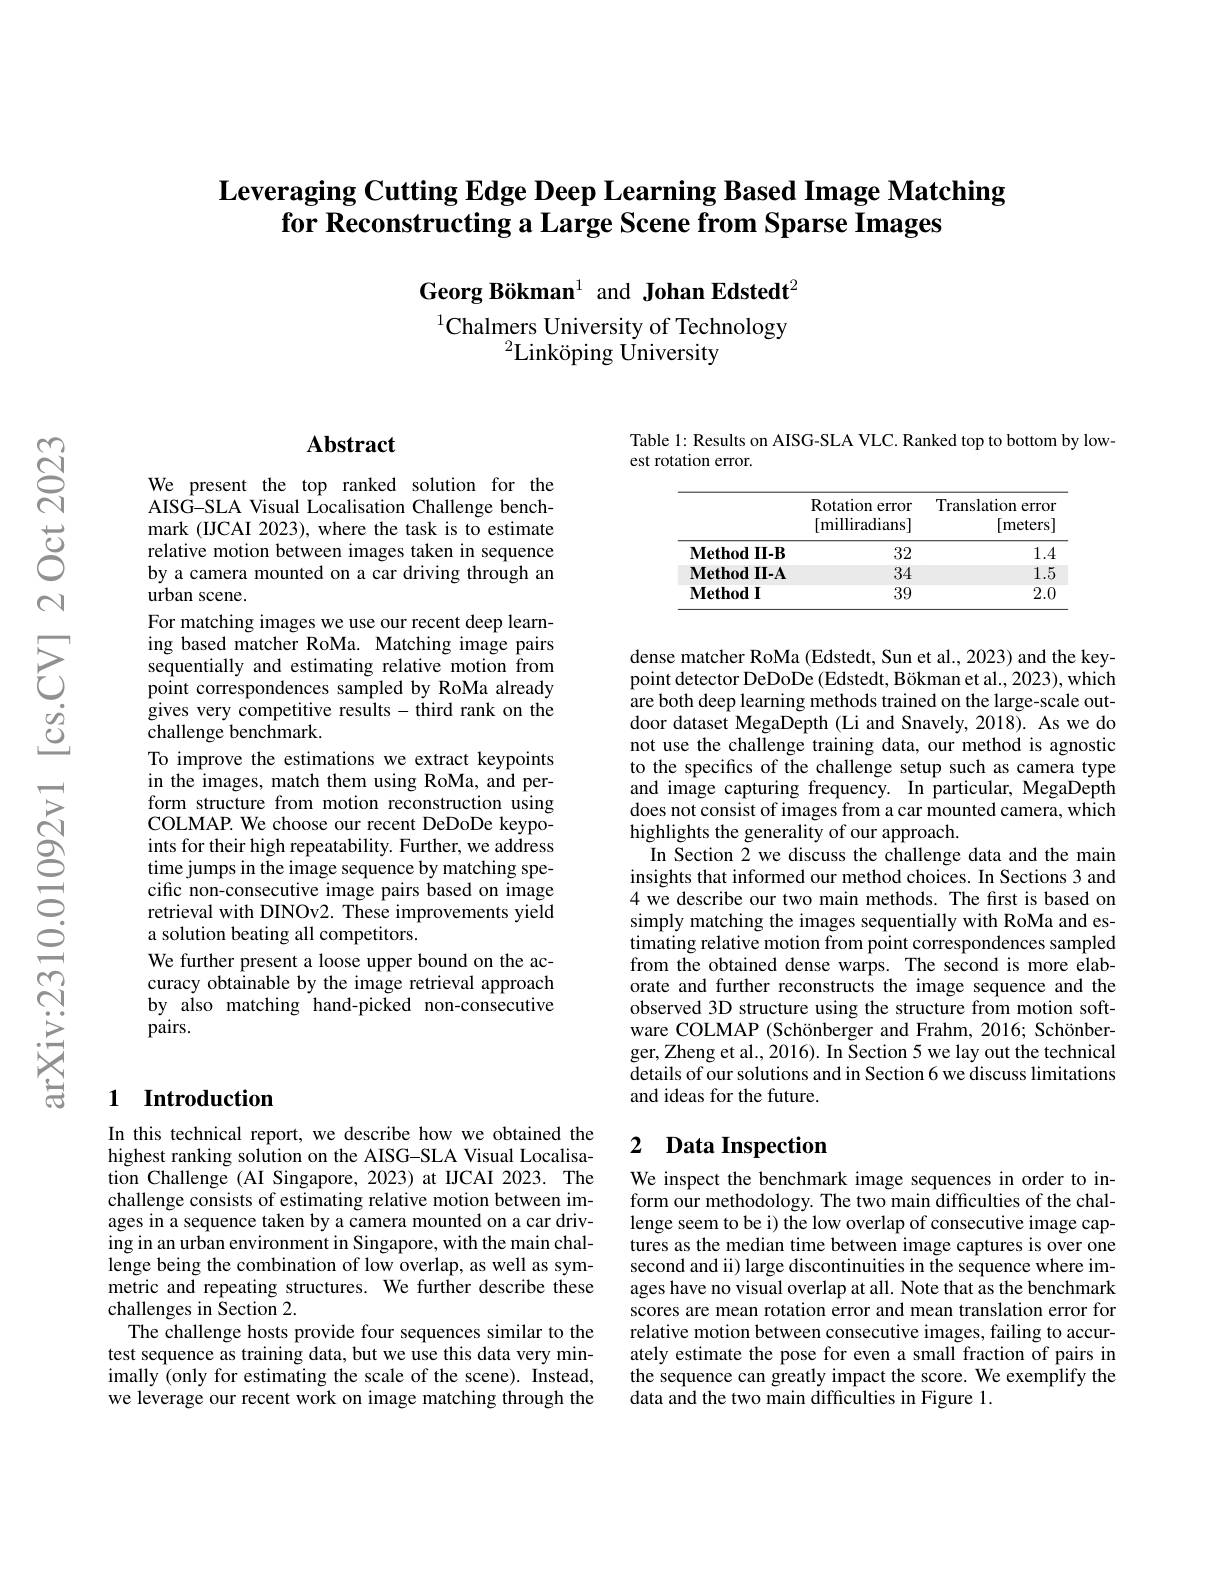
# Leveraging Cutting Edge Deep Learning Based Image Matching $\textbf{for Reconstructing a Large Scene from Sparse Images}$

Georg Bökman$^{1}$ and Johan Edstedt$^{2}$

$^{1}$Chalmers University of Technology
$^2$Linköping Üniversity

## Abstract

We present the top ranked solution for the AISG-SLA Visual Localisation Challenge benchmark (IJCAI 2023), where the task is to estimate relative motion between images taken in sequence by a camera mounted on a car driving through an urban scene.
For matching images we use our recent deep learning based matcher RoMa. Matching image pairs sequentially and estimating relative motion from point correspondences sampled by RoMa already $\hat{\text{gives very competitive results-third rank on the}}$ challenge benchmark.
To improve the estimations we extract keypoints in the images, match them using RoMa, and perform structure from motion reconstruction using COLMAP. We choose our recent DeDoDe keypoints for their high repeatability. Further, we address time jumps in the image sequence by matching specific non-consecutive image pairs based on image retrieval with DINOv2. These improvements yield a solution beating all competitors.
We further present a loose upper bound on the accuracy obtainable by the image retrieval approach by also matching hand-picked non-consecutive pairs.

## 1 Introduction

In this technical report, we describe how we obtained the highest ranking solution on the AISG-SLA Visual Localisation Challenge (AI Singapore, 2023) at IJCAI 2023. The challenge consists of estimating relative motion between images in a sequence taken by a camera mounted on a car driving in an urban environment in Singapore, with the main challenge being the combination of low overlap, as well as symmetric and repeating structures. We further describe these challenges in Section 2.
The challenge hosts provide four sequences similar to the test sequence as training data, but we use this data very minimally (only for estimating the scale of the scene). Instead, we leverage our recent work on image matching through the

Table 1: Results on AISG-SLA VLC. Ranked top to bottom by low-
est rotation error.

<table>
	<tbody>
		<tr>
			<th> </th>
			<th>Rotation error [milliradians]</th>
			<th>Translation 1 error [meters]</th>
		</tr>
		<tr>
			<td>$\mathbf{Method}$ $II-B$ </td>
			<td>32</td>
			<td>1.4</td>
		</tr>
		<tr>
			<td>Method $\textbf{II- A}$ </td>
			<td>34</td>
			<td>1.5</td>
		</tr>
		<tr>
			<td>$\mathbf{Method}$ $\mathbf{1}\mathbf{I}$ </td>
			<td>39</td>
			<td>2.0</td>
		</tr>
	</tbody>
</table>

dense matcher RoMa (Edstedt, Sun et al., 2023) and the keypoint detector DeDoDe (Edstedt, Bökman et al., 2023), which are both deep learning methods trained on the large-scale outdoor dataset MegaDepth (Li and Snavely, 2018). As we do not use the challenge training data, our method is agnostic to the specifics of the challenge setup such as camera type and image capturing frequency. In particular, MegaDepth does not consist of images from a car mounted camera, which highlights the generality of our approach.
In Section $\bar{2}$ we discuss the challenge data and the main insights that informed our method choices. In Sections 3 and 4 we describe our two main methods. The first is based on simply matching the images sequentially with RoMa and estimating relative motion from point correspondences sampled from the obtained dense warps. The second is more elaborate and further reconstructs the image sequence and the observed 3D structure using the structure from motion software COLMAP (Schönberger and Frahm, 2016; Schönberger, Zheng et al., 2016). In Šection 5 we lay out the technical details of our solutions and in Section 6 we discuss limitations and ideas for the future.

## 2 $\textbf{Data Inspection}$

We inspect the benchmark image sequences in order to inform our methodology. The two main difficulties of the challenge seem to be i) the low overlap of consecutive image captures as the median time between image captures is over one second and ii) large discontinuities in the sequence where images have no visual overlap at all. Note that as the benchmark scores are mean rotation error and mean translation error for relative motion between consecutive images, failing to accurately estimate the pose for even a small fraction of pairs in the sequence can greatly impact the score. We exemplify the $\hat{\text{data and the two main difficulties in Figure 1}}.$